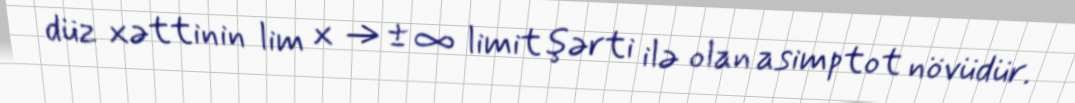
düz xəttinin lim x → ± ∞ limit şərti ilə olan asimptot növüdür.